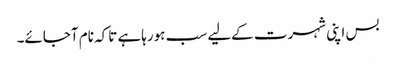
بس اپنی شہرت کےلیے سب ہورہاہے تاکہ نام آجائے۔